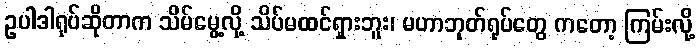
ဥပါဒါရုပ်ဆိုတာက သိမ်မွေ့လို့ သိပ်မထင်ရှားဘူး၊ မဟာဘုတ်ရုပ်တွေ ကတော့ ကြမ်းလို့